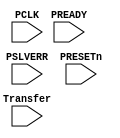
module APB (
input  wire                      Transfer   ,
input  wire                      PREADY     ,
input  wire                      PSLVERR    , //An error signal, PSLVERR, to indicate the failure of a transfer
input  wire                      PCLK       ,
input  wire                      PRESETn    
  ); 
// ===============================(implementation of APB finite state machine(FSM) )===============================================================================
// Control Signals ==========================================================================================================

  reg  [1:0]  current_state , 
              next_state    ;

 
// States Encoded in Gray Encoding =======================================================================================

  localparam   [1:0]   IDLE     = 2'b00 ,
                       SETUP    = 2'b01 ,
                       ACCESS   = 2'b11 ;
  
// State Transition ======================================================================================================

  always @(posedge PCLK or negedge PRESETn)
    begin
      if(!PRESETn)
        begin
          current_state <= IDLE;          
        end
      else
        begin
          current_state <= next_state; 
        end 
    end
// Next State Logic ======================================================================================================== 

  always@(*)
    begin
      case(current_state)            
            IDLE:   begin 
                      if(!Transfer)
                        begin
                          next_state = IDLE ;
                        end
                      else
                        begin
                          next_state = SETUP ; 
                        end
                    end
            SETUP:  begin
                      next_state = ACCESS ;
                    end
            ACCESS: begin
                      if(Transfer & !PSLVERR)
                        begin
                          if(PREADY)
                            begin
                              next_state = SETUP ;
                            end
                          else
                            begin
                              next_state = ACCESS ;
                            end
                        end
                      else 
                        begin
                         next_state = IDLE ;
                        end
                    end
            default: next_state = IDLE ; 
      endcase
    end
endmodule